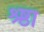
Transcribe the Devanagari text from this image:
श्र्ष्ठा